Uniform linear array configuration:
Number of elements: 24
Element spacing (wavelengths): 0.25
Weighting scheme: kaiser
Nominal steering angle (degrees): -45
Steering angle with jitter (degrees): -43.825
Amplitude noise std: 0.05
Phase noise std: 0.05

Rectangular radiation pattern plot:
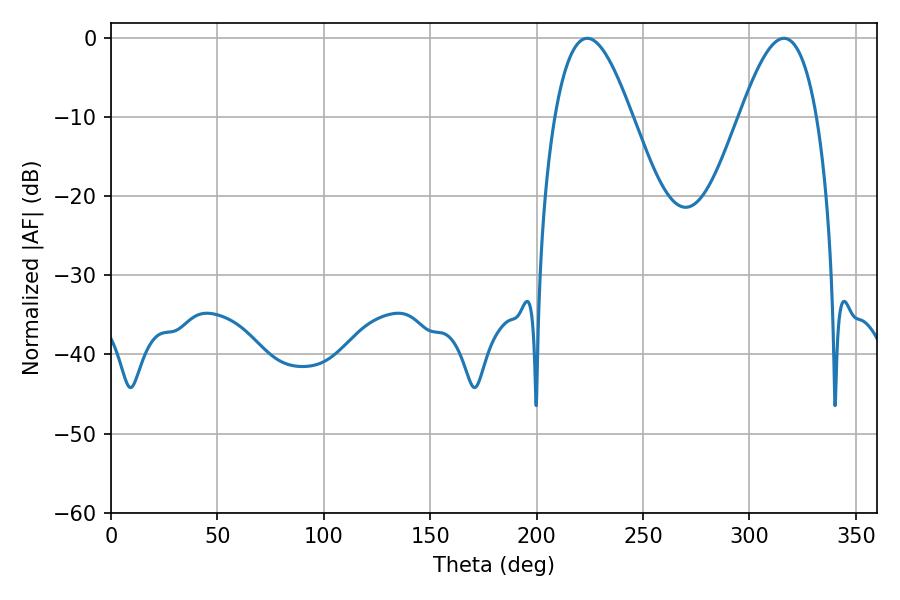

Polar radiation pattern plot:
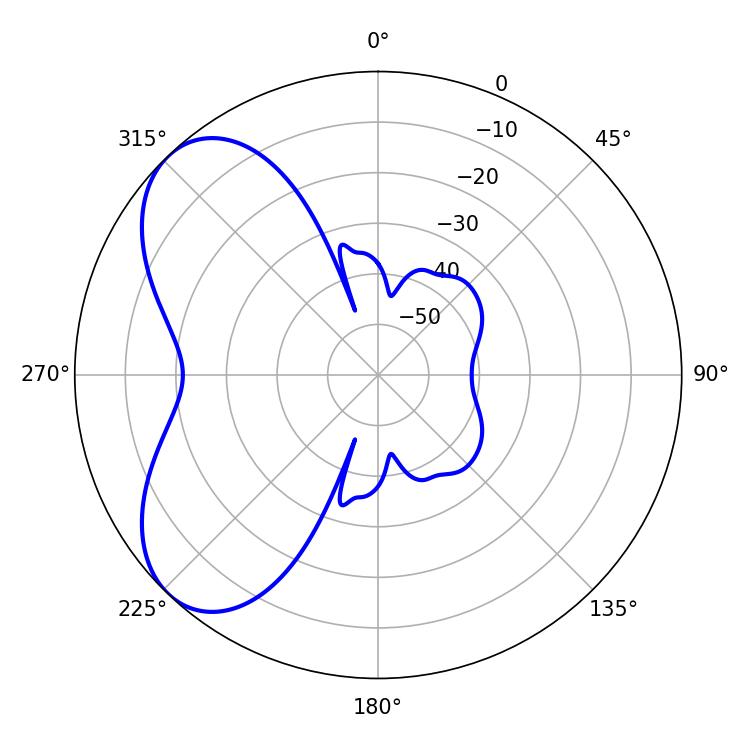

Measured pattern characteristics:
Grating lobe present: FALSE
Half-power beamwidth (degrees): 19.62
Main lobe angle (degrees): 223.74